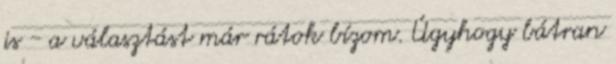
is - a választást már rátok bízom. Úgyhogy bátran